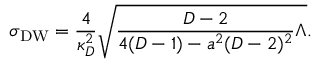
\sigma _ { \mathrm { D W } } = { \frac { 4 } { \kappa _ { D } ^ { 2 } } } \sqrt { { \frac { D - 2 } { 4 ( D - 1 ) - a ^ { 2 } ( D - 2 ) ^ { 2 } } } \Lambda } .